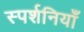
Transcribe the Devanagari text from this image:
स्पर्शनियाँ